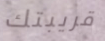
قريبتك